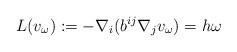
LaTeX: \begin{align*}L(v_\omega):= - \nabla_i (b^{ij} \nabla_j v_\omega)&= h \omega\end{align*}